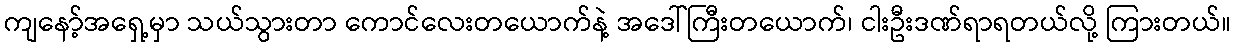
ကျနော့်အရှေ့မှာ သယ်သွားတာ ကောင်လေးတယောက်နဲ့ အဒေါ်ကြီးတယောက်၊ ငါးဦးဒဏ်ရာရတယ်လို့ ကြားတယ်။